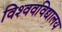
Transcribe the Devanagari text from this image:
विश्‍ववविद्यालय